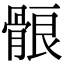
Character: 䯖